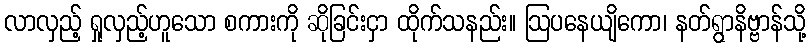
လာလှည့် ရှုလှည့်ဟူသော စကားကို ဆိုခြင်းငှာ ထိုက်သနည်း။ ဩပနေယျိကော၊ နတ်ရွာနိဗ္ဗာန်သို့